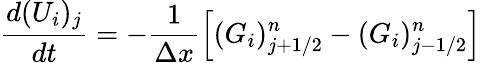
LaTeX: \frac{d(U_{i})_{j}}{dt}=-\frac{1}{\Delta x}\left[(G_{i})_{j+1/2}^{n}-(G_{i})_{j-1/2}^{n}\right]